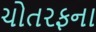
ચોતરફના